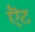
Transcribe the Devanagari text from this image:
ऎट